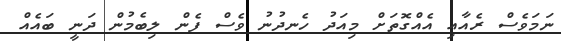
ނަމަވެސް ރެއާއި އެއްގޮތަށް މިއަދު ހެނދުނު ވެސް ފެން ލިބެމުން ދަނީ ބައެއް